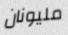
مليونان